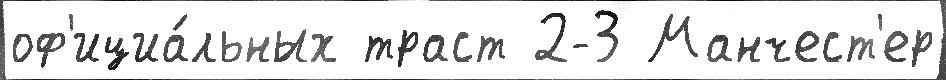
оф'ициа́льных траст 2-3 Манчест'ер